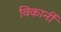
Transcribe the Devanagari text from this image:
विकार्नी